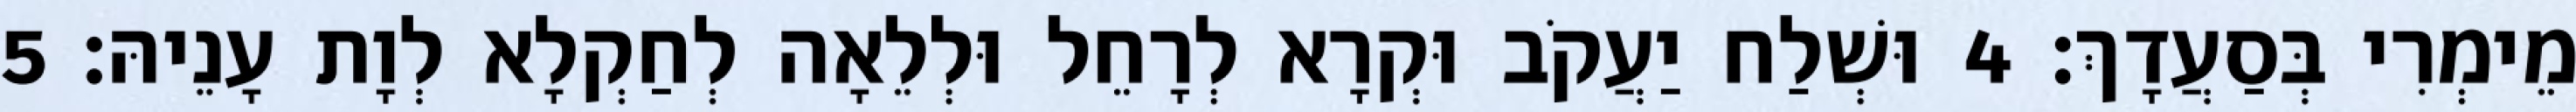
מֵימְרִי בְּסַעֲדָךְ׃ 4 וּשְׁלַח יַעֲקֹב וּקְרָא לְרָחֵל וּלְלֵאָה לְחַקְלָא לְוָת עָנֵיהּ׃ 5